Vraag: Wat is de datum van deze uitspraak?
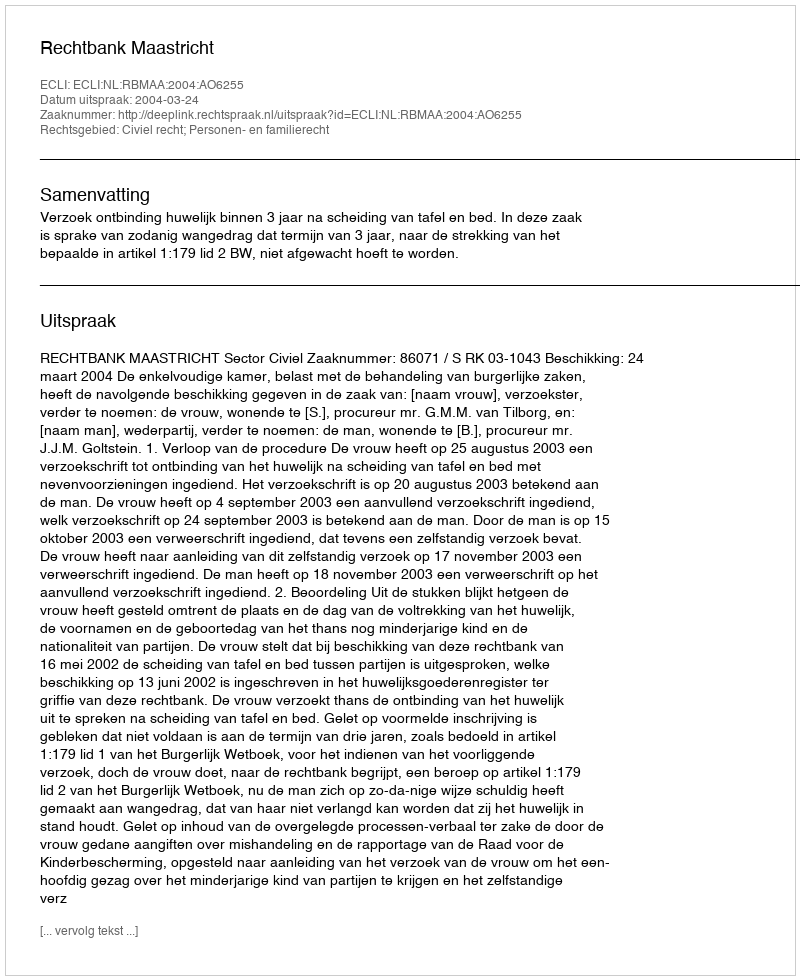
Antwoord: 2004-03-24